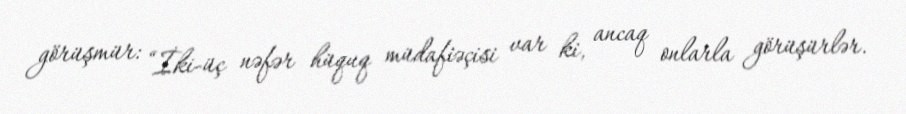
görüşmür: “İki-üç nəfər hüquq müdafiəçisi var ki, ancaq onlarla görüşürlər.